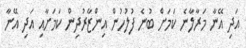
އަދި އޭނާ މަރާލާނެ ކަމަށް ބުނެ ފުލުހުން އިންޒާރުދިން ކަމަށާއި އަދި އޭނާ